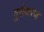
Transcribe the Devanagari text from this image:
गुरोश्चरण